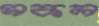
সকল